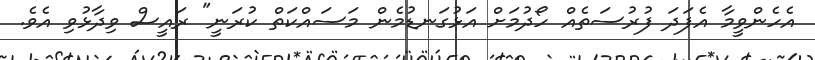
އެހެންވީމާ އެފަދަ ފުރުސަތެއް ހޯދުމަށް އަޅުގަނޑުމެން މަސައްކަތް ކުރަނީ" ރައީސް ވިދާޅުވި އެވެ.